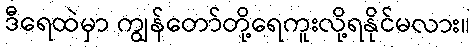
ဒီရေထဲမှာ ကျွန်တော်တို့ရေကူးလို့ရနိုင်မလား။